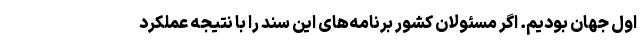
اول جهان بودیم. اگر مسئولان کشور برنامه‌های این سند را با نتیجه عملکرد